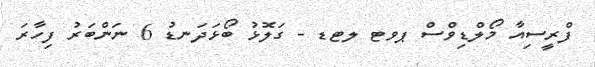
ފްރީސިއާ މޯލްޑިވްސް ޕވޓ ލޓޑ - ގަލޮޅު ބޯޅަދަނޑު 6 ނަންބަރު ފިހާރަ